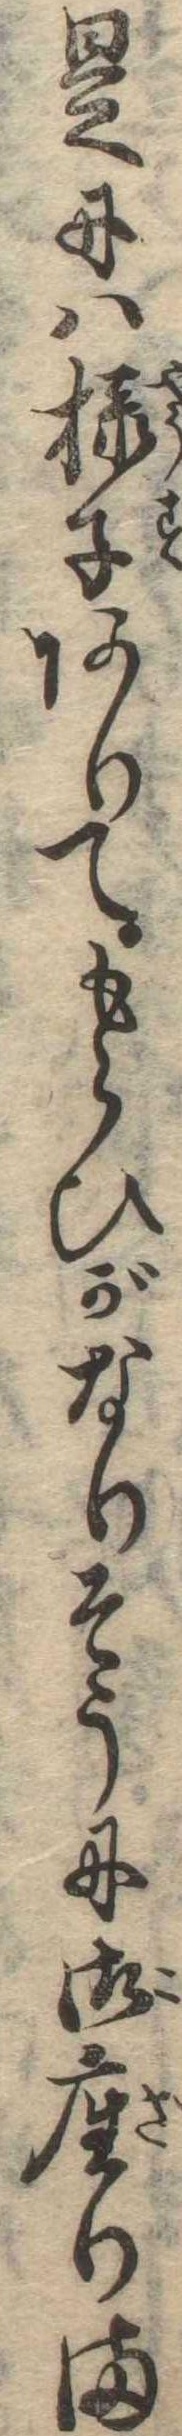
是には様子ありてもらひがなりそうに御座りま